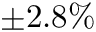
\pm 2 . 8 \%